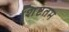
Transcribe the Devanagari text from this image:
शिष्टतम